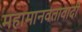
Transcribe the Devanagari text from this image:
महामानवतावादी